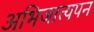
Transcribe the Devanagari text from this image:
अभिजात्यपन